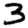
Digit: 3